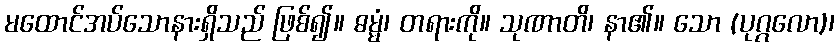
မထောင်အပ်သောနားရှိသည် ဖြစ်၍။ ဓမ္မံ၊ တရားကို။ သုဏာတိ၊ နာ၏။ သော (ပုဂ္ဂလော)၊